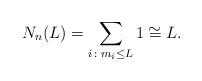
LaTeX: \begin{align*}N_n(L)= \sum_{i\colon m_i \leq L} 1 \cong L. \end{align*}